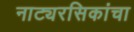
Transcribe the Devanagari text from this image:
नाट्यरसिकांचा